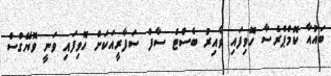
ބައުއާ ކޮމްޕްރެސާ ހޮވިފައި ވާއިރު ބެސްޓް ސާފް ސަފާރީއަކަށް ހޮވިފައި ވަނީ ވޮޔޭގްސް